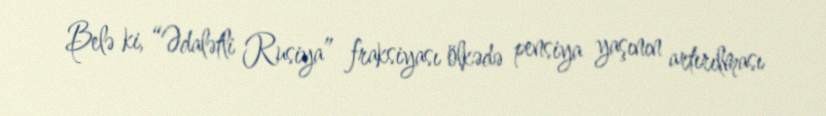
Belə ki, “Ədalətli Rusiya” fraksiyası ölkədə pensiya yaşının artırılması